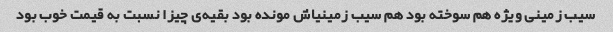
سیب زمینی ویژه هم سوخته بود هم سیب زمینیاش مونده بود بقیه‌ی چیزا نسبت به قیمت خوب بود